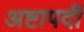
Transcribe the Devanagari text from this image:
अष्टापदीं